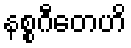
နစ္စဂီတေဟိ